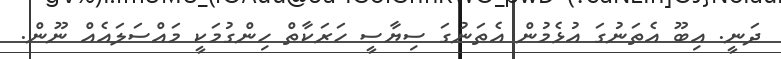
ދަނީ. އިބޫ އެތަނުގަ އުޅެމުން އެތަނުގަ ސިޔާސީ ހަރަކާތް ހިންގުމަކީ މައްސަލައެއް ނޫން.